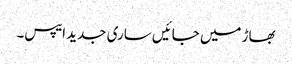
بھاڑ میں جائیں ساری جدید ایپس۔